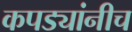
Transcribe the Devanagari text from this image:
कपड्यांनीच